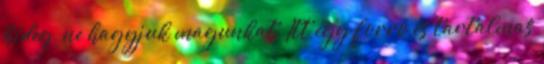
hideg, ne hagyjuk magunkat. Itt egy forró és tartalmas